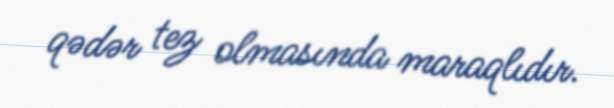
qədər tez olmasında maraqlıdır.